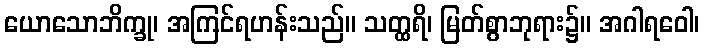
ယောသောဘိက္ခု၊ အကြင်ရဟန်းသည်။ သတ္ထရိ၊ မြတ်စွာဘုရား၌။ အဂါရဝေါ၊